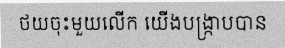
ថយចុះមួយលើក យើងបង្ក្រាបបាន